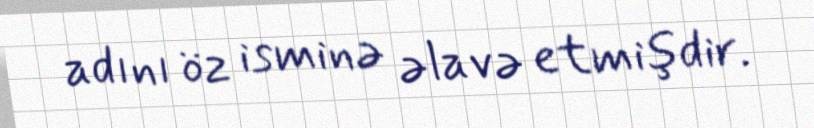
adını öz isminə əlavə etmişdir.